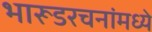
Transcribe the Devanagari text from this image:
भारूडरचनांमध्ये